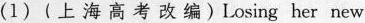
(1) ( 上 海 高考 改编 ) Losing her new